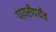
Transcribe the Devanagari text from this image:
पायरीपर्यंत